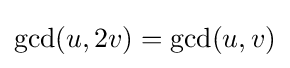
\gcd(u,2v)=\gcd(u,v)